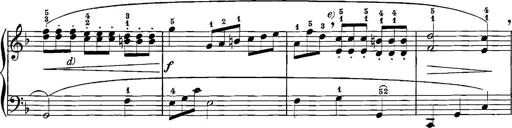
Title: 12 Sonatinas
Composer: Ignaz Pleyel